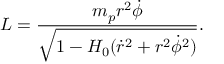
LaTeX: L = \frac { m _ { p } r ^ { 2 } \dot { \phi } } { \sqrt { 1 - H _ { 0 } ( \dot { r } ^ { 2 } + r ^ { 2 } \dot { \phi } ^ { 2 } ) } } .